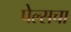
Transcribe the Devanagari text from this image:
पेल्सचा